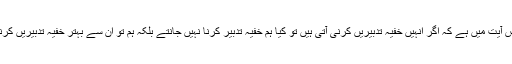
اس کا بیان اس آیت میں ہے کہ اگر انہیں خفیہ تدبیریں کرنی آتی ہیں تو کیا ہم خفیہ تدبیر کرنا نہیں جانتے بلکہ ہم تو ان سے بہتر خفیہ تدبیریں کرنے والے ہیں۔